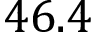
4 6 . 4